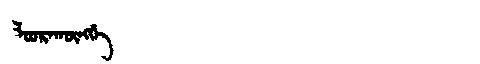
Manchu: ᠯᠣᠣᡵᠠᡴᡡᠩᡤᡝ
Romanization: LOORAKŪNGGE